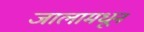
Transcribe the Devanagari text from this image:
जालामधून